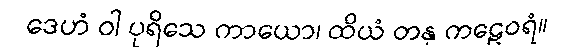
ဒေဟံ ဝါ ပုရိသေ ကာယော၊ ထိယံ တနု ကဠေဝရံ။